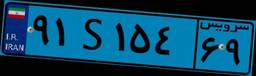
۷۵S۴۹۳۲۱